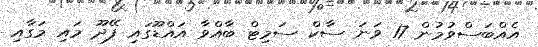
އެއްބަސްވުމުން 17 ވަނަ ސާކް ސަމިޓް ބާއްވާ އައްޑޫގައި ފޭދޫ މައި މަގާއި